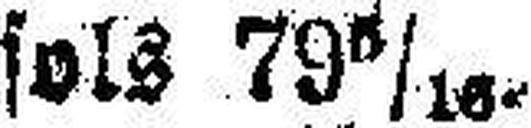
sols 79 6/16.